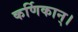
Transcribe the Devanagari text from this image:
कर्णिकान्‌।